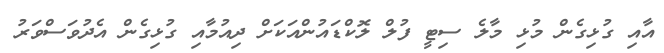
އާއި ގުޅިގެން މުޅި މާލެ ސިޓީ ފުލް ލޮކްޑައުންއަކަށް ދިއުމާއި ގުޅިގެން އެދުވަސްވަރު